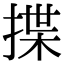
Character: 揲